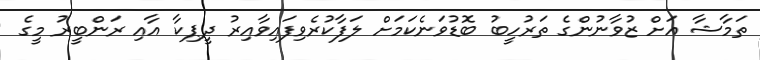
ތަމާޝާ އަށް ޒުވާނުންގެ ތަރުހީބު ބޮޑުވަނެކަމަށް ލަފާކުރެވިފައިވާއިރު ދީޕިކާ އާއި ރަންބީރު މީގެ